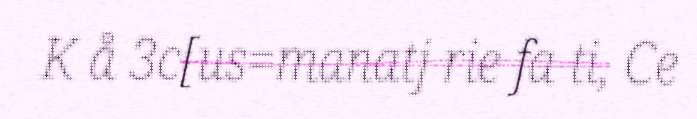
K å 3c[us=manatj rie fa ti, Ce